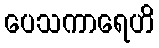
ပေသကာရေဟိ